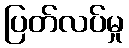
ပြတ်လပ်မှု